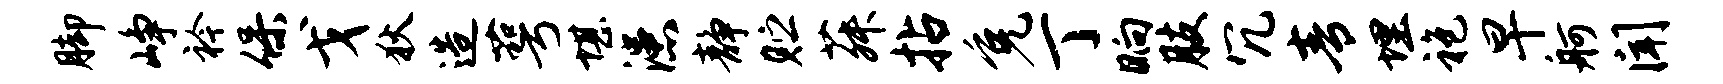
脚峥衿保戈狄造萼堪漶静贮菽拈免丁晌肢冗青埋袍早舸闻